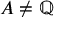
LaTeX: A \neq \mathbb { Q }